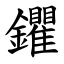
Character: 鑺